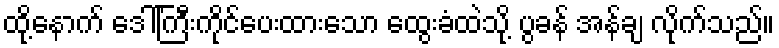
ထို့နောက် ဒေါ်ကြီးကိုင်ပေးထားသော ထွေးခံထဲသို့ ပွခန် အန်ချ လိုက်သည်။